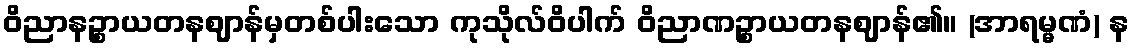
ဝိညာနဉ္စာယတနဈာန်မှတစ်ပါးသော ကုသိုလ်ဝိပါက် ဝိညာဏဉ္စာယတနဈာန်၏။ (အာရမ္မဏံ) န